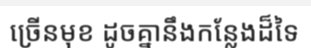
ច្រើនមុខ ដូចគ្នានឹងកន្លែងដ៏ទៃ